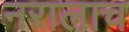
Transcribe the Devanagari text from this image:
नरालाच